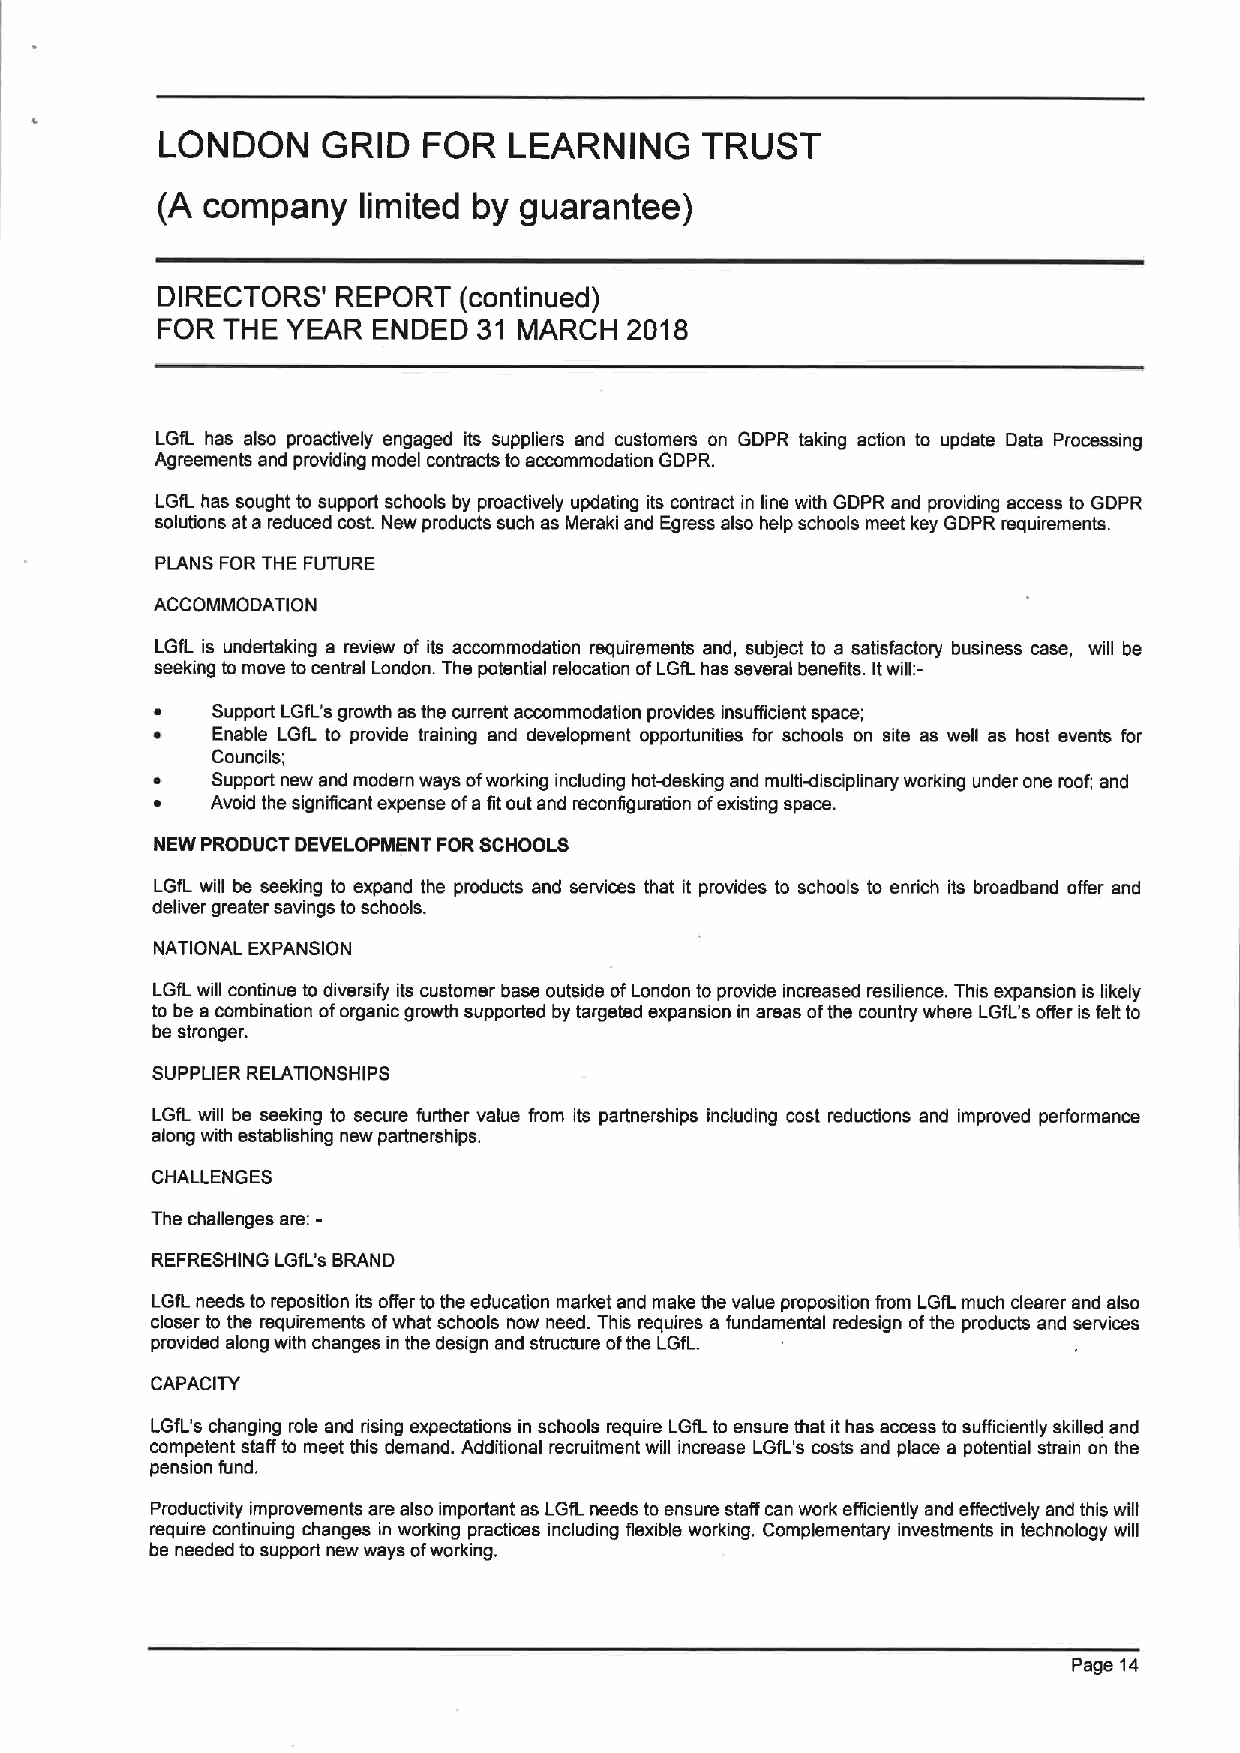
LONDON    GRID   FOR   LEARNING    TRUST
 (A company    limited by guarantee)
 DIRECTORS'  REPORT  (continued)
 FOR  THE YEAR  ENDED  31 MARCH  2018
 LGfL has also proactively engaged its suppliers and customers on GDPR taking action to update Data Processing
 Agreements and providing model contracts toaccommodation GDPR.
 LGfL has sought to support schools by proactively updating its contract in line with GDPR and providing access to GDPR
 solutions at a reduced cost. New products such as Meraki and Egress also help schools meet key GDPR requirements.
 PLANS FOR THE FUTURE
 ACCOMMODATION
 LGfL is undertaking a review of its accommodation requirements and, subject to a satisfactory business case, will be
 seeking to move tocentral London. The potential relocation ofLGfL has several benefits. Itwill:-
 Support LGfL's growth as the current accommodation provides insufficient space;
 Enable LGfL to provide training and development opportunities for schools on site as well as host events for
 Councils;
 Support new and modern ways ofworking including hot-desking and multiMisciplinary working under one roof; and
 Avoid the significant expense ofa fit out and reconfiguration ofexisting space.
 NEW PRODUCT DEVELOPMENT FORSCHOOLS
 I GfL will be seeking to expand the products and services that it provides to schools to enrich its broadband offer and
 deliver greater savings toschools.
 NATIONAL EXPANSION
 LGfL will continue to diversify its customer base outside ofLondon to provide increased resilience. This expansion is likely
 to be a combination oforganic growth supported by targeted expansion in areas ofthe country where LGfL's offer is felt to
 be stronger.
 SUPPLIER RELATIONSHIPS
 LGfL will be seeking to secure further value from its partnerships including cost reductions and improved performance
 along with establishing new partnerships.
 CHALLENGES
 The challenges are:-
 REFRESHING LGfl 's BRAND
 LGIL needs to reposition its offer tothe education market and make the value proposition from LGfL much clearer and also
 closer to the requirements ofwhat schools now need. This requires a fundamental redesign ofthe products and services
 provided along with changes in the design and structure ofthe LGfL.
 CAPACITY
 LGfL's changing role and rising expectations in schools require LGfLto ensure that ithas access to sufficiently skified and
 competent staff to meet this demand. Additional recruitment will increase LGfL's costs and place a potential strain on the
 pension fund.
 Productivity improvements are also important as LGfL needs to ensure staff can work efficiently and effectively snd this will
 require continuing changes in working practices including flexible working. Complementary investments in technology will
 be needed to support new ways ofworking.
 Page 14